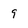
Character: 9